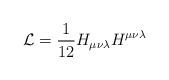
LaTeX: \begin{align*}{\cal{L}} = \frac{1}{12}H_{\mu \nu \lambda}H^{\mu \nu \lambda}\end{align*}